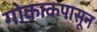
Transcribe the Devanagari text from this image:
गोकाकपासून